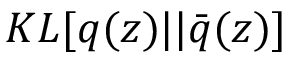
K L [ q ( \boldsymbol { z } ) | | \bar { q } ( \boldsymbol { z } ) ]